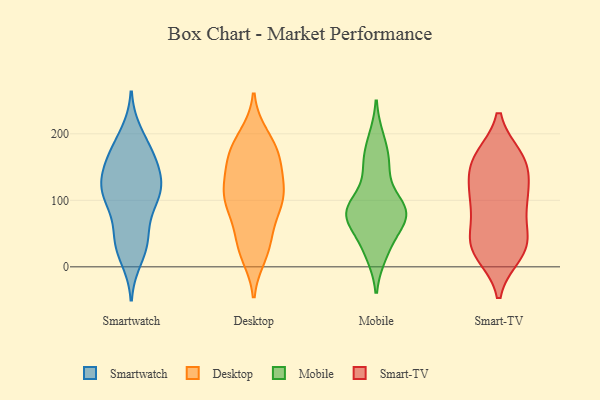
{"axis": {"x": "Active Users", "y": "Value"}, "legend": ["Desktop", "Mobile", "Smart-TV", "Smartwatch"], "data": [{"x": "", "y": 32, "type": "Smartwatch"}, {"x": "", "y": 35, "type": "Smartwatch"}, {"x": "", "y": 104, "type": "Smartwatch"}, {"x": "", "y": 166, "type": "Smartwatch"}, {"x": "", "y": 199, "type": "Smartwatch"}, {"x": "", "y": 119, "type": "Smartwatch"}, {"x": "", "y": 158, "type": "Smartwatch"}, {"x": "", "y": 45, "type": "Smartwatch"}, {"x": "", "y": 106, "type": "Smartwatch"}, {"x": "", "y": 156, "type": "Smartwatch"}, {"x": "", "y": 14, "type": "Smartwatch"}, {"x": "", "y": 106, "type": "Smartwatch"}, {"x": "", "y": 132, "type": "Smartwatch"}, {"x": "", "y": 47, "type": "Smartwatch"}, {"x": "", "y": 113, "type": "Smartwatch"}, {"x": "", "y": 187, "type": "Smartwatch"}, {"x": "", "y": 125, "type": "Smartwatch"}, {"x": "", "y": 100, "type": "Smartwatch"}, {"x": "", "y": 162, "type": "Smartwatch"}, {"x": "", "y": 41, "type": "Desktop"}, {"x": "", "y": 158, "type": "Desktop"}, {"x": "", "y": 189, "type": "Desktop"}, {"x": "", "y": 104, "type": "Desktop"}, {"x": "", "y": 112, "type": "Desktop"}, {"x": "", "y": 96, "type": "Desktop"}, {"x": "", "y": 177, "type": "Desktop"}, {"x": "", "y": 101, "type": "Desktop"}, {"x": "", "y": 28, "type": "Desktop"}, {"x": "", "y": 91, "type": "Desktop"}, {"x": "", "y": 136, "type": "Desktop"}, {"x": "", "y": 66, "type": "Desktop"}, {"x": "", "y": 28, "type": "Desktop"}, {"x": "", "y": 157, "type": "Desktop"}, {"x": "", "y": 174, "type": "Desktop"}, {"x": "", "y": 108, "type": "Desktop"}, {"x": "", "y": 156, "type": "Desktop"}, {"x": "", "y": 111, "type": "Desktop"}, {"x": "", "y": 19, "type": "Desktop"}, {"x": "", "y": 196, "type": "Desktop"}, {"x": "", "y": 154, "type": "Mobile"}, {"x": "", "y": 20, "type": "Mobile"}, {"x": "", "y": 79, "type": "Mobile"}, {"x": "", "y": 77, "type": "Mobile"}, {"x": "", "y": 84, "type": "Mobile"}, {"x": "", "y": 191, "type": "Mobile"}, {"x": "", "y": 152, "type": "Mobile"}, {"x": "", "y": 89, "type": "Mobile"}, {"x": "", "y": 34, "type": "Mobile"}, {"x": "", "y": 75, "type": "Mobile"}, {"x": "", "y": 87, "type": "Mobile"}, {"x": "", "y": 153, "type": "Smart-TV"}, {"x": "", "y": 32, "type": "Smart-TV"}, {"x": "", "y": 114, "type": "Smart-TV"}, {"x": "", "y": 110, "type": "Smart-TV"}, {"x": "", "y": 164, "type": "Smart-TV"}, {"x": "", "y": 86, "type": "Smart-TV"}, {"x": "", "y": 153, "type": "Smart-TV"}, {"x": "", "y": 104, "type": "Smart-TV"}, {"x": "", "y": 47, "type": "Smart-TV"}, {"x": "", "y": 159, "type": "Smart-TV"}, {"x": "", "y": 20, "type": "Smart-TV"}, {"x": "", "y": 164, "type": "Smart-TV"}, {"x": "", "y": 36, "type": "Smart-TV"}, {"x": "", "y": 93, "type": "Smart-TV"}, {"x": "", "y": 30, "type": "Smart-TV"}, {"x": "", "y": 26, "type": "Smart-TV"}]}